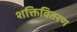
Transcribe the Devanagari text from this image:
शक्तिवितरण